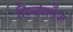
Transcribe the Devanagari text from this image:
सिन्हालेज